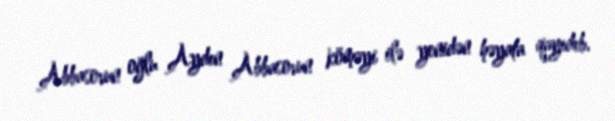
Abbasovun oğlu Aydın Abbasovun köməyi ilə yenidən həyata qayıdıb.